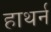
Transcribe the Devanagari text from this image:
हाथर्न